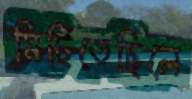
মিটিতেছিলে